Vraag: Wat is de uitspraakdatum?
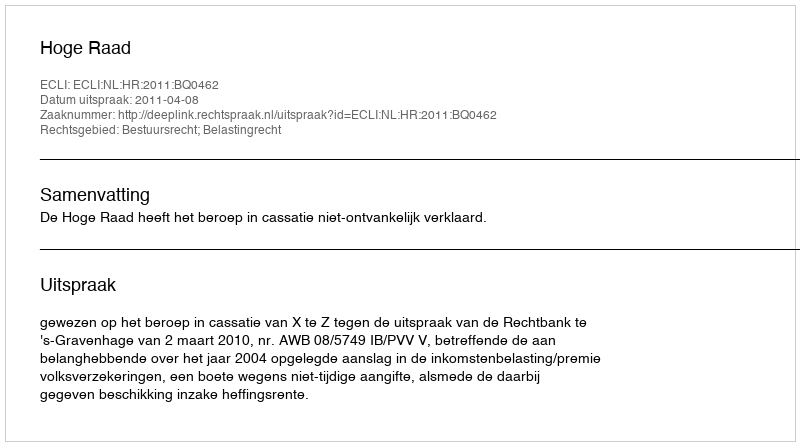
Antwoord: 2011-04-08